Report on plague in the Punjab from October 1st ... to September 30th ..., being the ... season of plague in the province
Disease focus: Plague
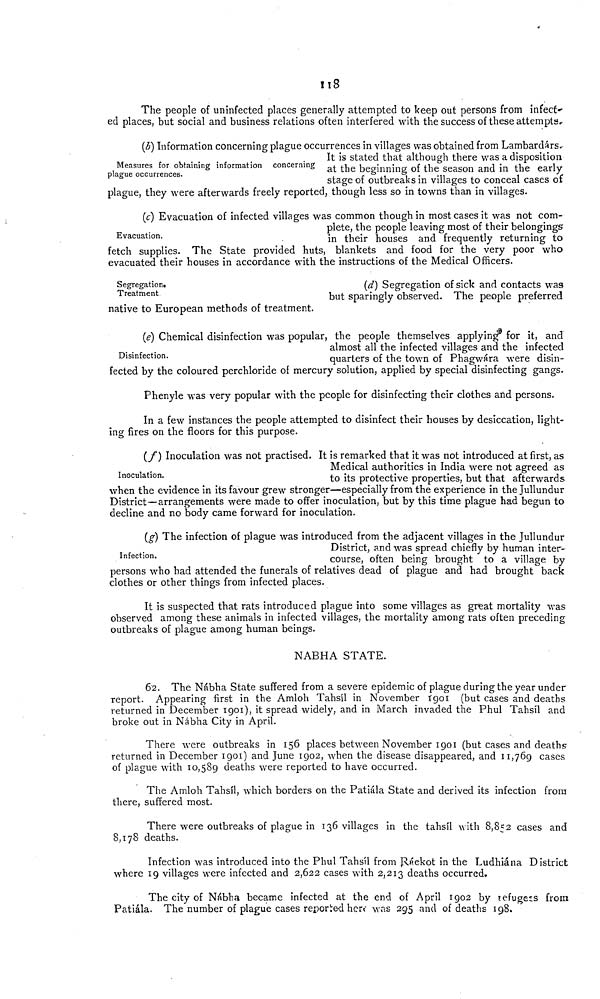
118
The people of uninfected places generally attempted to keep out persons from infect--
ed places, but social and business relations often interfered with the success of these attempts.
Measures for obtaining information concerning
plague occurrences.
(b) Information concerning plague occurrences in villages was obtained from Lambardárs.
It is stated that although there was a disposition
at the beginning of the season and in the early-
stage of outbreaks in villages to conceal cases of
plague, they were afterwards freely reported, though less so in towns than in villages.
Evacuation.
(c) Evacuation of infected villages was common though in most cases it was not com-
plete, the people leaving most of their belongings
in their houses and frequently returning to
fetch supplies. The State provided huts, blankets and food for the very poor who
evacuated their houses in accordance with the instructions of the Medical Officers.
Segregation.
Treatment
(d) Segregation of sick and contacts was
but sparingly observed. The people preferred
native to European methods of treatment.
Disinfection.
(e) Chemical disinfection was popular, the people themselves applying for it, and
almost all the infected villages and the infected
quarters of the town of Phagwara were disin-
fected by the coloured perchloride of mercury solution, applied by special disinfecting gangs.
Phenyle was very popular with the people for disinfecting their clothes and persons.
In a few instances the people attempted to disinfect their houses by desiccation, light-
ing fires on the floors for this purpose.
Inoculation.
(f) Inoculation was not practised. It is remarked that it was not introduced at first, as
Medical authorities in India were not agreed as
to its protective properties, but that afterwards
when the evidence in its favour grew stronger—especially from the experience in the Jullundur
District—arrangements were made to offer inoculation, but by this time plague had begun to
decline and no body came forward for inoculation.
Infection.
(g) The infection of plague was introduced from the adjacent villages in the Jullundur
District, and was spread chiefly by human inter-
course, often being brought to a village by
persons who had attended the funerals of relatives dead of plague and had brought back
clothes or other things from infected places.
It is suspected that rats introduced plague into some villages as grfeat mortality was
observed among these animals in infected villages, the mortality among rats often preceding
outbreaks of plague among human beings.
NABHA STATE.
62. The Nábha State suffered from a severe epidemic of plague during the year under
report. Appearing first in the Amloh Tahsil in November Ï901 (but cases and deaths
returned in December 1901), it spread widely, and in March invaded the Phul Tahsil and
broke out in Nábha City in April.
There were outbreaks in 156 places between November 1901 (but cases and deaths
returned in December 1901) and June 1902, when the disease disappeared, and 11,769 cases
of plague with 10,589 deaths were reported to have occurred.
The Amloh Tahsil, which borders on the Patiála State and derived its infection from
there, suffered most.
There were outbreaks of plague in 136 villages in the tahsil with 8,852 cases and
8,178 deaths.
Infection was introduced into the Phul Tahsil from Ranekot in the Ludhiána District
where 19 villages were infected and 2,622 cases with 2,213 deaths occurred.
The city of Nabba became infected at the end of April 1902 by refugees from
Patiála. The number of plague cases reported here' was 295 and of deaths 198.